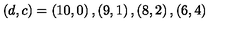
\left( d , c \right) = \left( 1 0 , 0 \right) , \left( 9 , 1 \right) , \left( 8 , 2 \right) , \left( 6 , 4 \right)